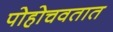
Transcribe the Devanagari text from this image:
पोहोचवतात